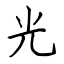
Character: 光